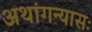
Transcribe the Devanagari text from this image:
अथांगन्यासः